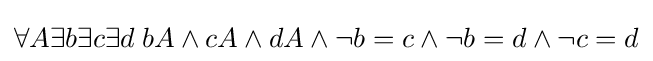
\forall A\exists b\exists c\exists d\;bA\land cA\land dA\land \lnot b=c\land \lnot b=d\land \lnot c=d